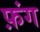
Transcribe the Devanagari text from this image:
फ़ंग